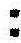
: